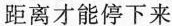
距离才能停下来